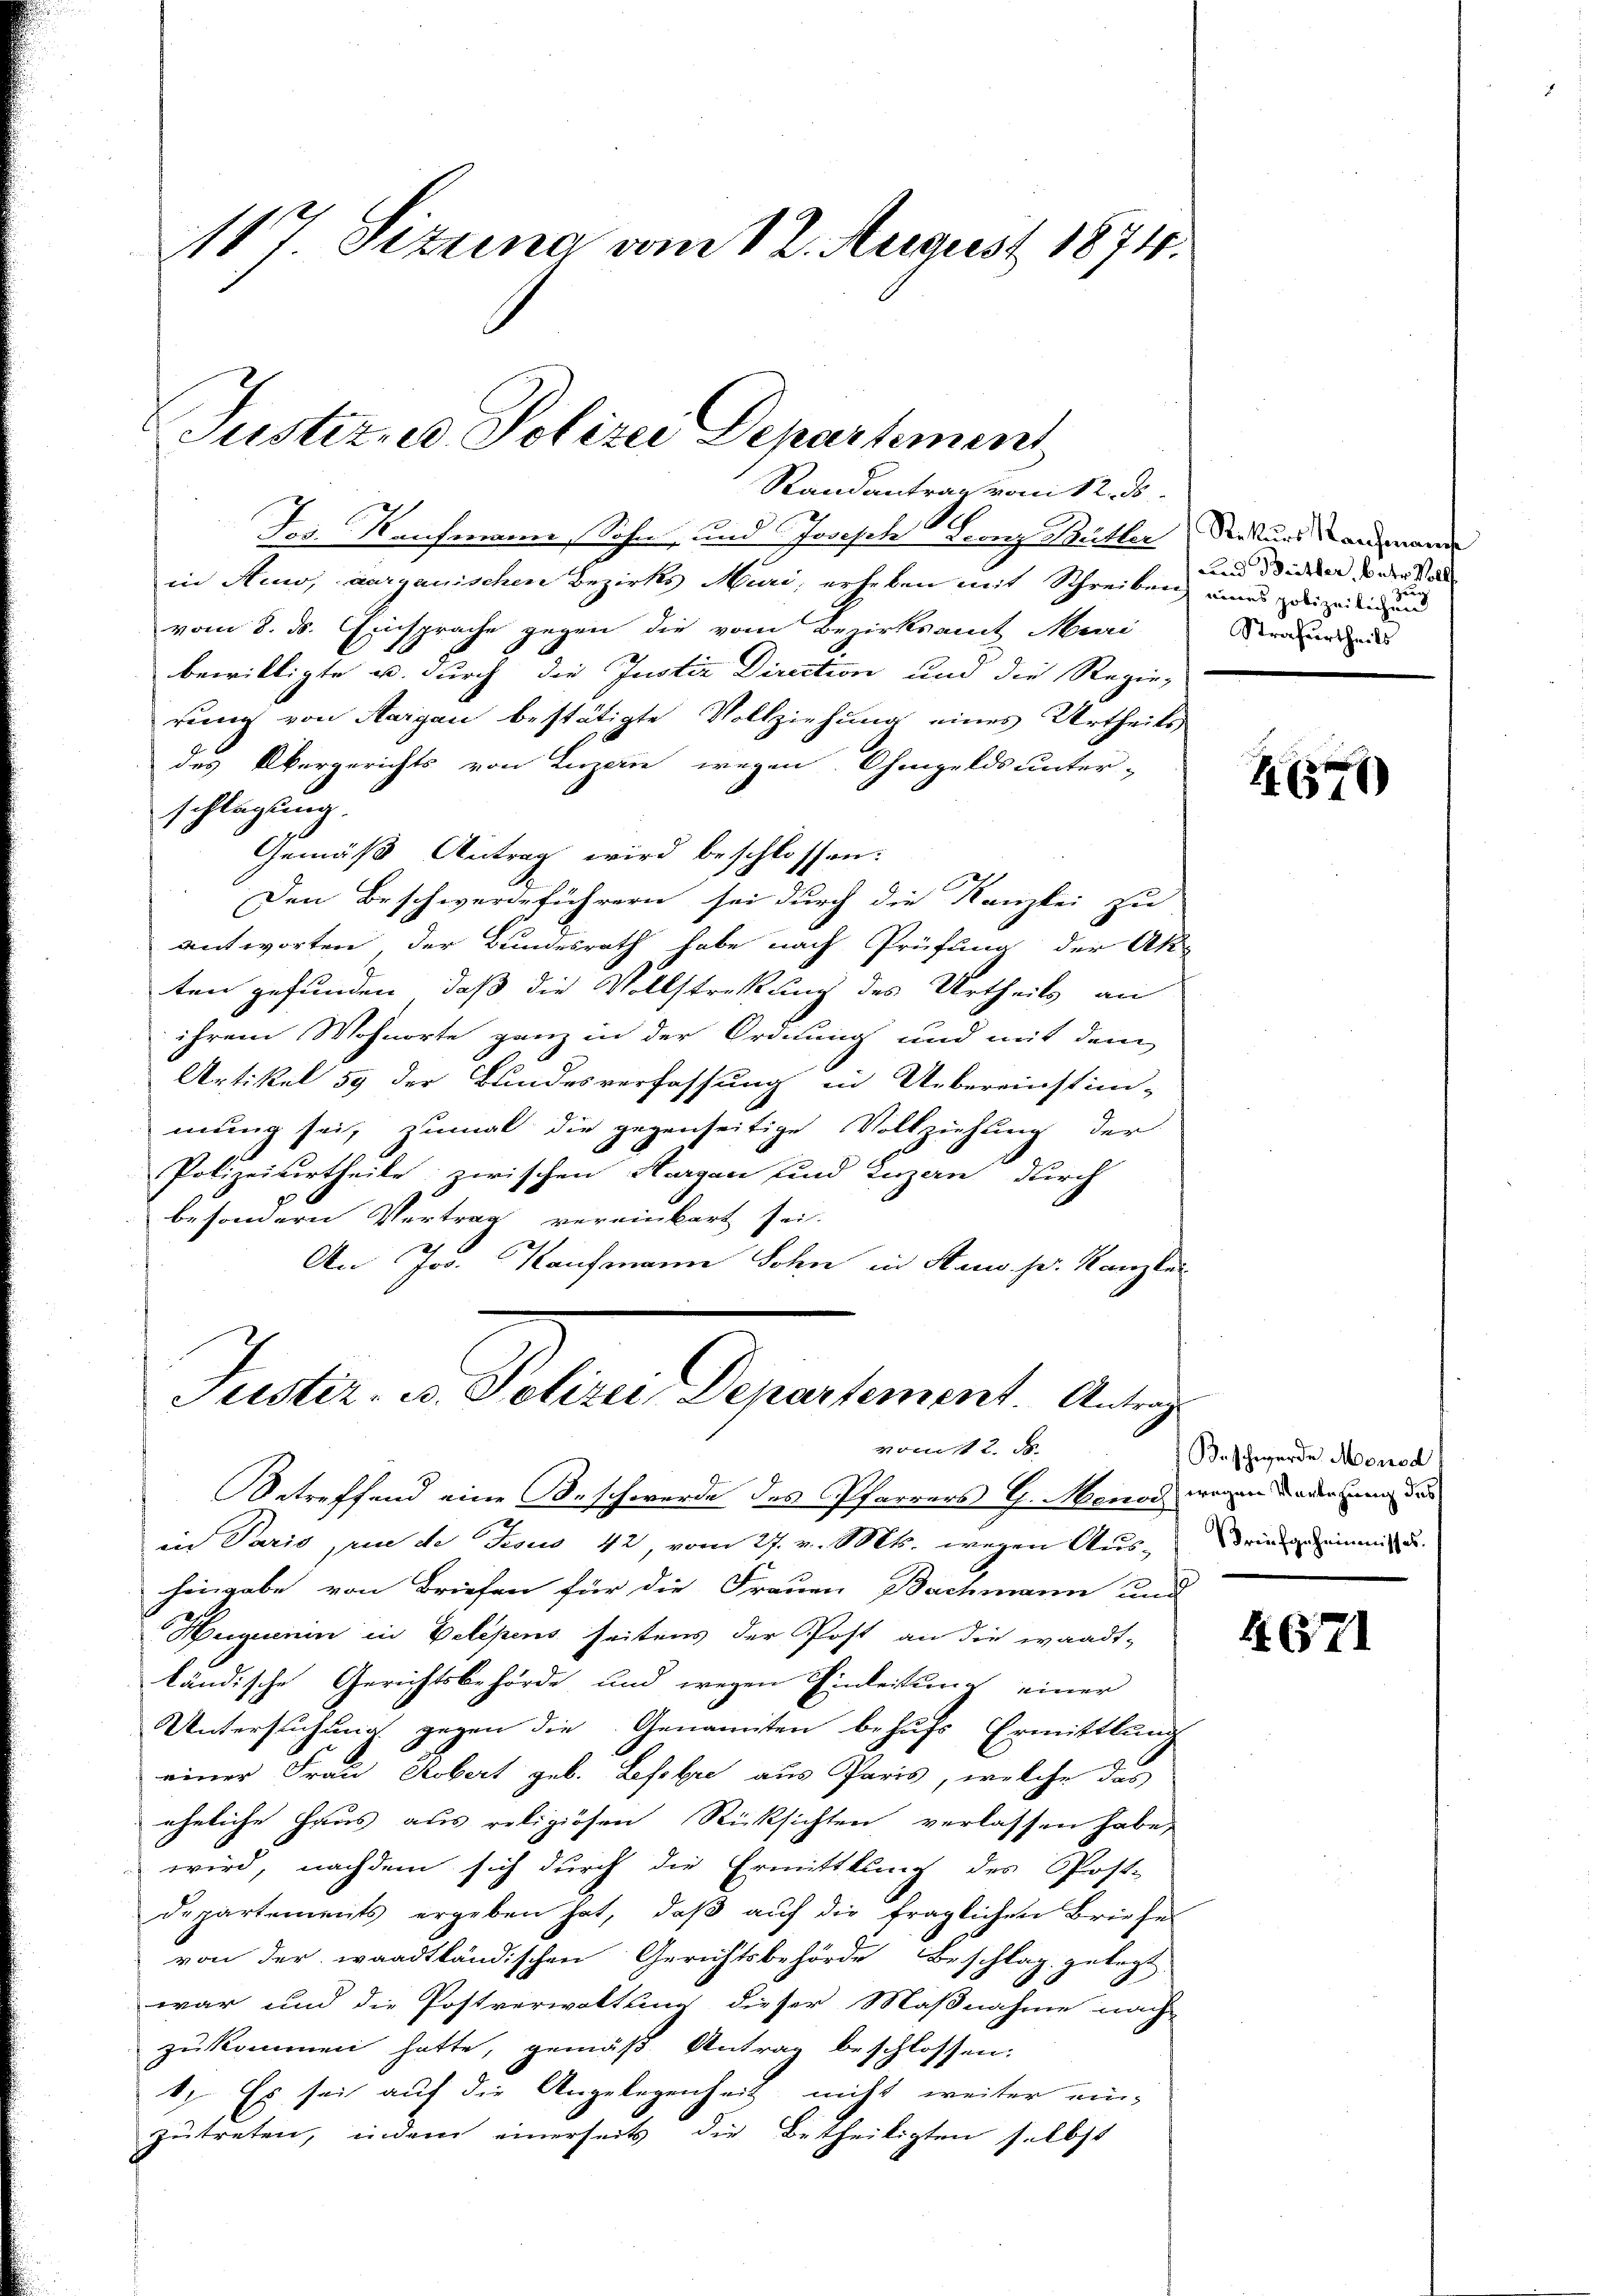
117. Sizung am 12. August 1874.

Justirne Polizei Departement

Randantrag vom 12. ds.
Jos. Kaufmann, Sohn und Joseph Franz Butter
in Auw, aargauischen Bezirks Muri, erheben mit Schreiben eines zuizeiligen
vom 8. ds. Einsprache gegen die vom Bezirksamt Muri
bewilligte u. durch die Justiz Direction und die Regie-
rung von Aargau bestätigte Vollziehung eines Urtheils
des Obergerichts von Luzerne wegen Ohmgelds unter-
schlagung.
Gemäß Antrag wird beschlossen:
Den Beschwerdeführern sei durch die Kanzlei zu
antworten der Bundesrath habe nach Prüfung der Akt
ten gefunden, daß die Vollstretung des Urtheils an
ihrem Wohnorte ganz in der Ordnung und mit dem
Artikel 59 der Bundesverfassung in Uebereinstim-
mung sei, zumal die gegenseitige Vollziehung der
Polizeiurtheile zwischen Horgen und Luzern durch
besondern Vertrag vereinbart sei.
An Jos. Kaufmann Sohn in Haus. pr. Kanzlei
Puster u. Peten Departement. Aug
vom 12. d.
Betreffend eine Beschwerde des Pfarrers G. Menod, wegen die der Eing des
in Paris, wie de Jesus 42, vom 27. v. Mts. wegen Aus-
hingabe von Briefen für die Frauen Bachmann und
Heguenin in Belipens seitens der Post an die waadt-
ländische Gerichtsbehörde und wegen Einleitung einer
Untersuchung gegen die Genannten behufs Ermittlung
einer Frau Robert geb. Lesobre aus Paris, welche das
eheliche Haus aus religiösen Rücksichten verlassen habe,
wird, nachdem sich durch die Ermittlung des Post-
departements ergeben hat, daβ aŭf die fraglichen Briefe
von der waadtländischen Gerichtsbehörde Beschlag gelegt
war und die Postverwaltung dieser Maßnahme nach
zukommen hatte, gemäß Antrag beschlossen:
1. Es sei auf die Angelegenheit, nicht weiter ein-
zutreten, indem einerseits die Betheiligten selbst

Rekurs Kaufenarche
Lnd Britter, betr. Roll
Strafurtheils

1 (779)

B. schwerde Monsd
Briefgeheimnisses.

1. 521